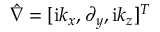
\hat { \nabla } = [ \mathrm { i } k _ { x } , \partial _ { y } , \mathrm { i } k _ { z } ] ^ { T }